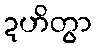
ဍဟိတွာ